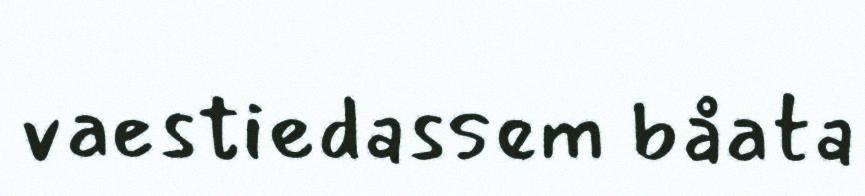
vaestiedassem båata